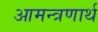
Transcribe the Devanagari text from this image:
आमन्त्रणार्थ